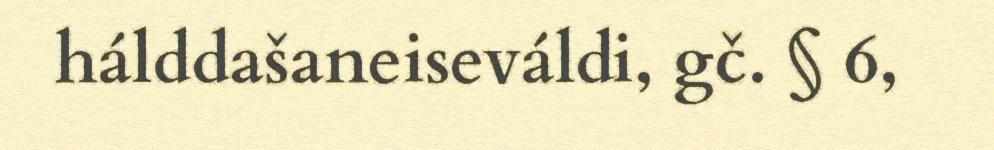
hálddašaneiseváldi, gč. § 6,